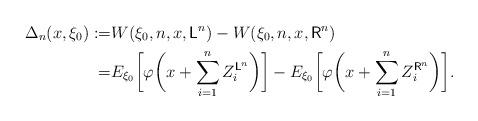
LaTeX: \begin{align*}\Delta_n(x,\xi_0):=&W(\xi_0,n,x,\mathsf{L}^n)-W(\xi_0,n,x,\mathsf{R}^n)\\=&E_{\xi_0}\biggl[\varphi\biggl(x+\sum_{i=1}^{n} Z_i^{\mathsf{L}^n}\biggr)\biggr] - E_{\xi_0}\biggl[\varphi\biggl(x+\sum_{i=1}^{n} Z_i^{\mathsf{R}^n}\biggr)\biggr].\end{align*}